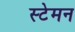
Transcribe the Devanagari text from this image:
स्टेमन